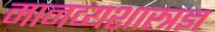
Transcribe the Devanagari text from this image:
मानव्यशास्त्रज्ञ